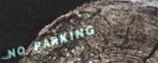
NO PARKING